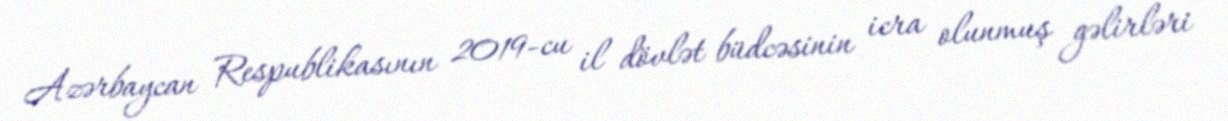
Azərbaycan Respublikasının 2019-cu il dövlət büdcəsinin icra olunmuş gəlirləri